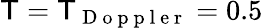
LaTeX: \mathsf{T}=\mathsf{T}_{\mathrm{{~D~o~p~p~l~e~r~}}}=0.5